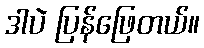
ဒါပဲ ပြန်ဖြေတယ်။